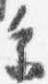
参